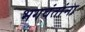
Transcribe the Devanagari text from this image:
भगवंतांना